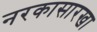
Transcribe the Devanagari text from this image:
नरकासारखा